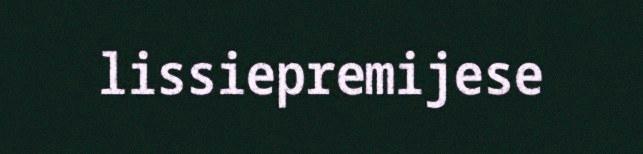
lissiepremijese